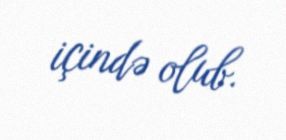
içində olub.